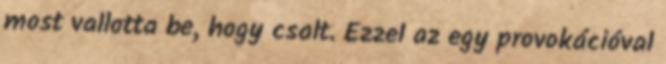
most vallotta be, hogy csalt. Ezzel az egy provokációval